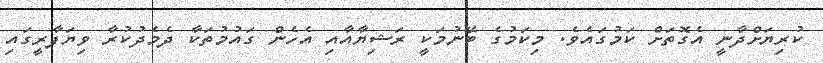
ކުރިޔަށްދާނީ އެގޮތަށް ކަމުގައެވެ. މިކަމުގެ ބޭނުމަކީ ރަޝިޔާއާއި އެހެން ގައުމުތަކާ ދެމެދުކުރާ ވިޔަފާރީގައި